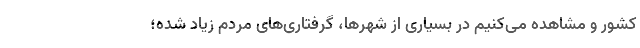
کشور و مشاهده می‌کنیم در بسیاری از شهرها، گرفتاری‌های مردم زیاد شده؛